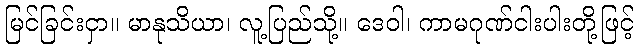
မြင်ခြင်းငှာ။ မာနုသိယာ၊ လူ့ပြည်သို့။ ဒေဝါ၊ ကာမဂုဏ်ငါးပါးတို့ဖြင့်